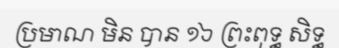
ប្រមាណ មិន បាន ១៦ ព្រះពុទ្ធ សិទ្ធ